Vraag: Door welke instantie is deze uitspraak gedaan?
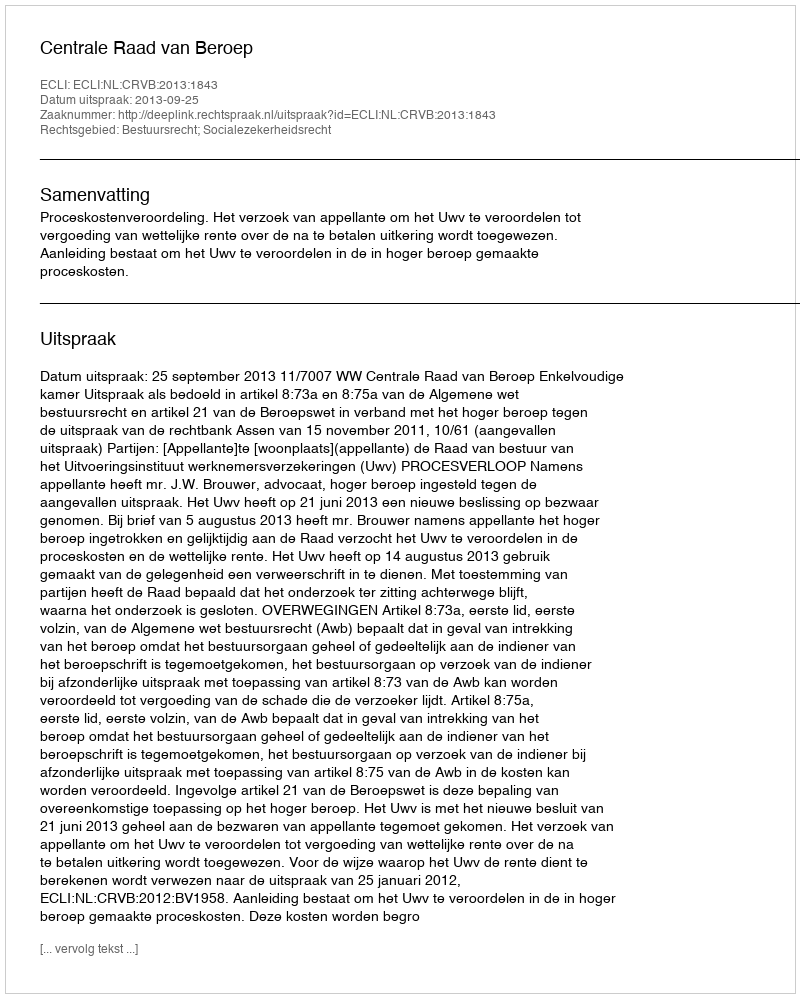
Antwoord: Centrale Raad van Beroep